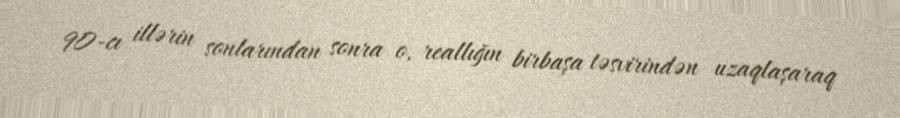
90-cı illərin sonlarından sonra o, reallığın birbaşa təsvirindən uzaqlaşaraq